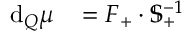
\mathrm { d } _ { Q } \boldsymbol { \mu } ^ { \mathrm { ~ \, ~ } } = \boldsymbol { F } _ { + } \cdot \mathbb { S } _ { + } ^ { - 1 }